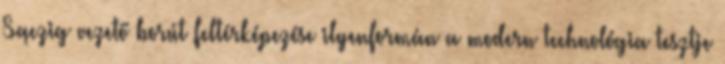
Sączig vezető borút feltérképezése ilyenformán a modern technológia tesztje